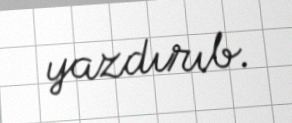
yazdırıb.